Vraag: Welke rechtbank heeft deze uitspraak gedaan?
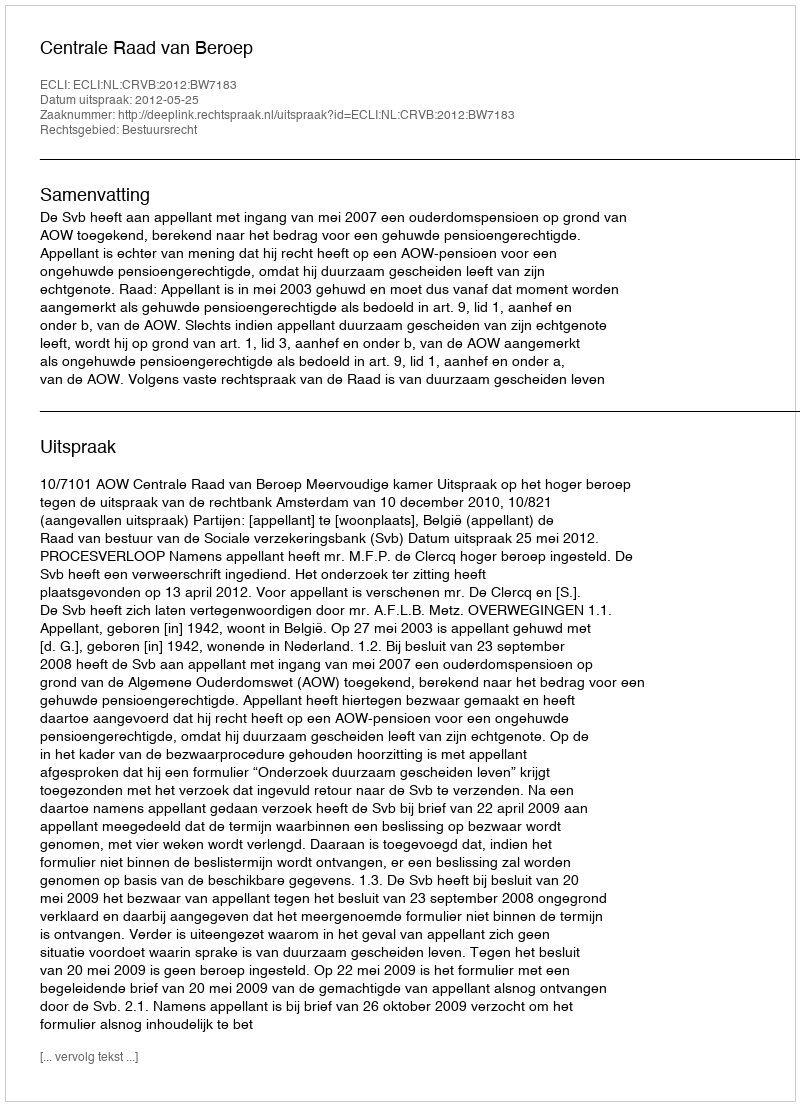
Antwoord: Centrale Raad van Beroep